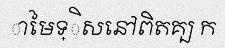
ាមៃទ្ិសនៅពិតគ្ប ក